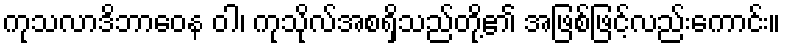
ကုသလာဒိဘာဝေန ဝါ၊ ကုသိုလ်အစရှိသည်တို့၏ အဖြစ်ဖြင့်လည်းကောင်း။